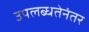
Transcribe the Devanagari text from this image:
उपलब्धतेनंतर